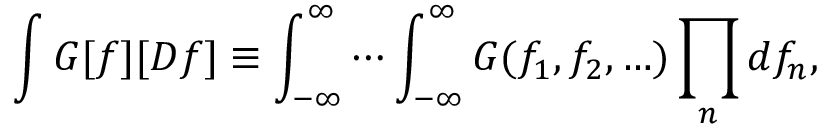
\int G [ f ] [ D f ] \equiv \int _ { - \infty } ^ { \infty } \cdots \int _ { - \infty } ^ { \infty } G ( f _ { 1 } , f _ { 2 } , \ldots ) \prod _ { n } d f _ { n } ,